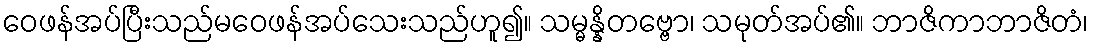
ဝေဖန်အပ်ပြီးသည်မဝေဖန်အပ်သေးသည်ဟူ၍။ သမ္မန္နိတဗ္ဗော၊ သမုတ်အပ်၏။ ဘာဇိကာဘာဇိတံ၊